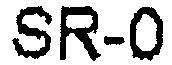
SR-0